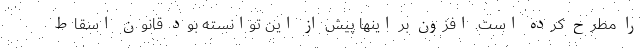
را مطرح کرده است. افزون بر اینها پیش از این توانسته بود قانون اسقاط